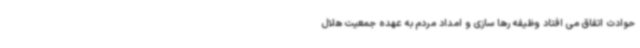
حوادث اتفاق می افتاد وظیفه رها سازی و امداد مردم به عهده جمعیت هلال